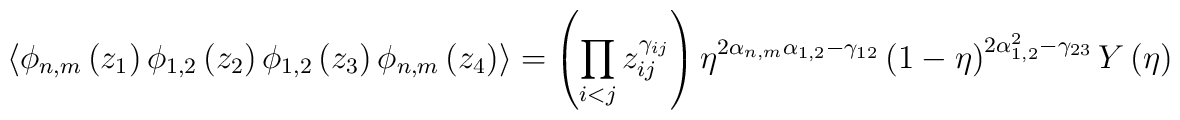
\langle \phi _{n,m}\left(z_{1} \right)\phi _{1,2}\left(z_{2} \right)\phi _{1,2}\left(z_{3} \right)\phi_{n,m}\left(z_{4} \right)\rangle=\left(\prod_{i<j}z_{ij}^{\gamma _{ij}} \right)\eta^{2\alpha_{n,m}\alpha_{1,2}-\gamma _{12}} \left(1-\eta  \right)^{2\alpha _{1,2}^{2}-\gamma _{23}} Y\left(\eta  \right)